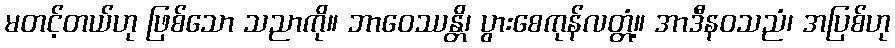
မတင့်တယ်ဟု ဖြစ်သော သညာကို။ ဘာဝေဿန္တိ၊ ပွားစေကုန်လတ္တံ့။ အာဒီနဝသညံ၊ အပြစ်ဟု